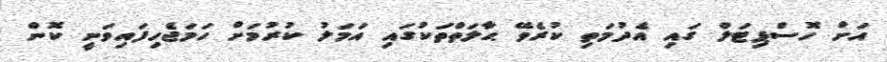
އަށް ހޮސްޕިޓަލް ގައި އެދުމަތި ކުރެވޭ ޙާލަތްތަކުގައި އަމަލު ކުރުމަށް ހަމަޖެހިފައިވަނީ ކޮން